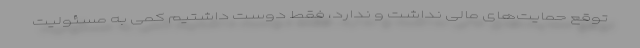
توقع حمایت‌های مالی نداشت و ندارد، فقط دوست داشتیم کمی به مسئولیت